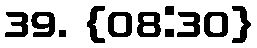
39. {08:30}